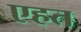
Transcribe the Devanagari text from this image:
एहत